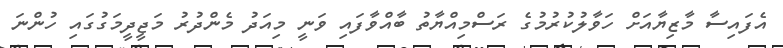
އެފައިސާ މާޒިޔާއަށް ހަވާލުކުރުމުގެ ރަސްމިއްޔާތު ބާއްވާފައި ވަނީ މިއަދު މެންދުރު މަޖީދީމަގުގައި ހުންނަ